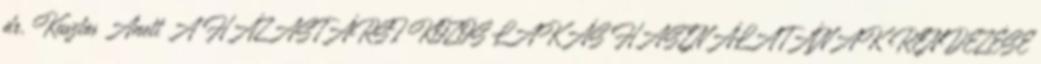
dr. Kusztos Anett A HÁZASTÁRSI KÖZÖS LAKÁS HASZNÁLATÁNAK RENDEZÉSE